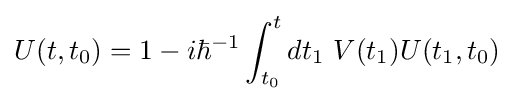
U(t,t_{0})=1-i\hbar ^{-1}\int _{t_{0}}^{t}{dt_{1}\ V(t_{1})U(t_{1},t_{0})}